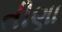
તીણા